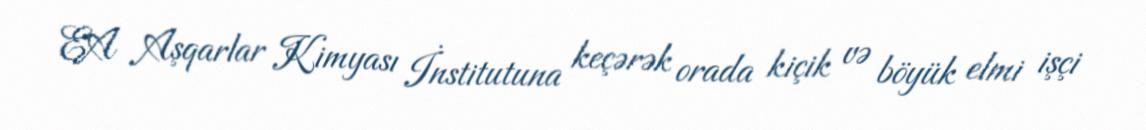
EA Aşqarlar Kimyası İnstitutuna keçərək orada kiçik və böyük elmi işçi